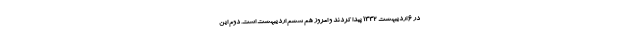
در 6 اردیبهشت 1332 پیدا کردند و امروز هم ششم اردیبهشت است. دوم این